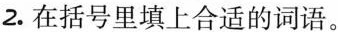
2.在括号里填上合适的词语。